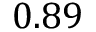
0 . 8 9